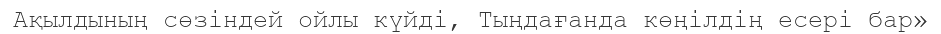
Ақылдының сөзіндей ойлы күйді, Тыңдағанда көңілдің есері бар»